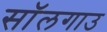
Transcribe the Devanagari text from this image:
सॉलगाउ